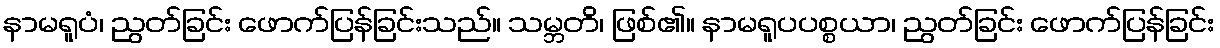
နာမရူပံ၊ ညွတ်ခြင်း ဖောက်ပြန်ခြင်းသည်။ သမ္ဘတိ၊ ဖြစ်၏။ နာမရူပပစ္စယာ၊ ညွတ်ခြင်း ဖောက်ပြန်ခြင်း